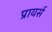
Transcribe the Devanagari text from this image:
प्रायर्स